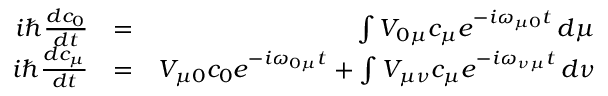
\begin{array} { r l r } { i \hbar \frac { d c _ { 0 } } { d t } } & { = } & { \int V _ { 0 \mu } c _ { \mu } e ^ { - i \omega _ { \mu 0 } t } \, d \mu } \\ { i \hbar \frac { d c _ { \mu } } { d t } } & { = } & { V _ { \mu 0 } c _ { 0 } e ^ { - i \omega _ { 0 \mu } t } + \int V _ { \mu \nu } c _ { \mu } e ^ { - i \omega _ { \nu \mu } t } \, d \nu } \end{array}